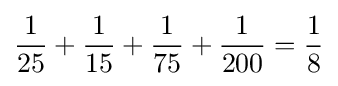
{\frac {1}{25}}+{\frac {1}{15}}+{\frac {1}{75}}+{\frac {1}{200}}={\frac {1}{8}}